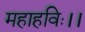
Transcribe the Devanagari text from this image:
महाहविः।।